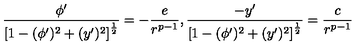
\frac { \phi ^ { \prime } } { \left[ 1 - ( \phi ^ { \prime } ) ^ { 2 } + ( y ^ { \prime } ) ^ { 2 } \right] ^ { \frac { 1 } { 2 } } } = - \frac { e } { r ^ { p - 1 } } , \frac { - y ^ { \prime } } { \left[ 1 - ( \phi ^ { \prime } ) ^ { 2 } + ( y ^ { \prime } ) ^ { 2 } \right] ^ { \frac { 1 } { 2 } } } = \frac { c } { r ^ { p - 1 } }